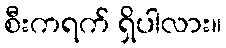
စီးကရက် ရှိပါလား။